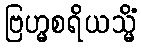
ဗြဟ္မစရိယသ္မိံ